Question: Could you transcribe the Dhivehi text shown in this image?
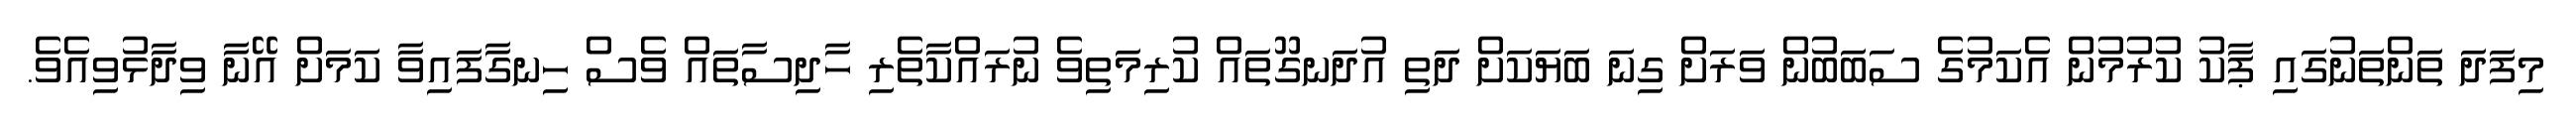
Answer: މިފަދަ ތަންތަނުގައި ޕާކު ކުރުމުން އެކަމުގެ ސަބަބުން ވަރަށް ގިނަ ބަޔަކަށް ދަތި އުދަނގޫތައް ކުރިމަތިވެ ނުރައްކާތެރި ހާދިސާތައް ވެސް ހިނގާފައިވާ ކަމަށް އޭނާ ވިދާޅުވިއެވެ.